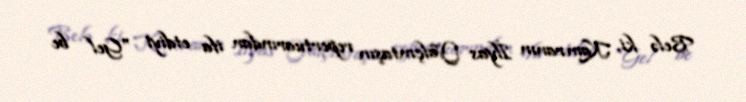
Belə ki, Kamranın İlyas Yalçıntaşın repertuarından ifa etdiyi "Gel be